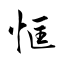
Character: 恇